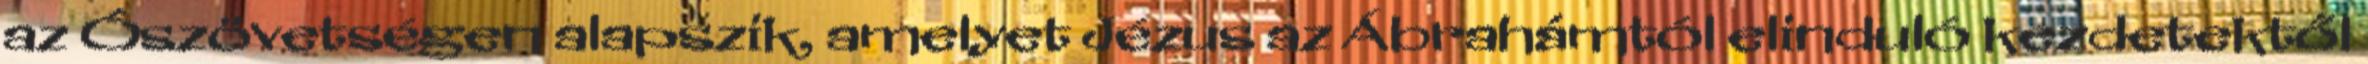
az Ószövetségen alapszik, amelyet Jézus az Ábrahámtól elinduló kezdetektől